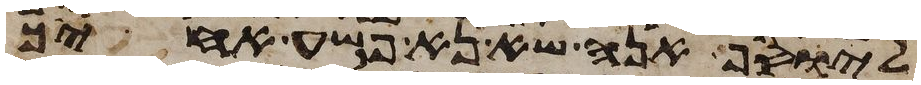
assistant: ליוסף אנה שא נא פשע אחיך